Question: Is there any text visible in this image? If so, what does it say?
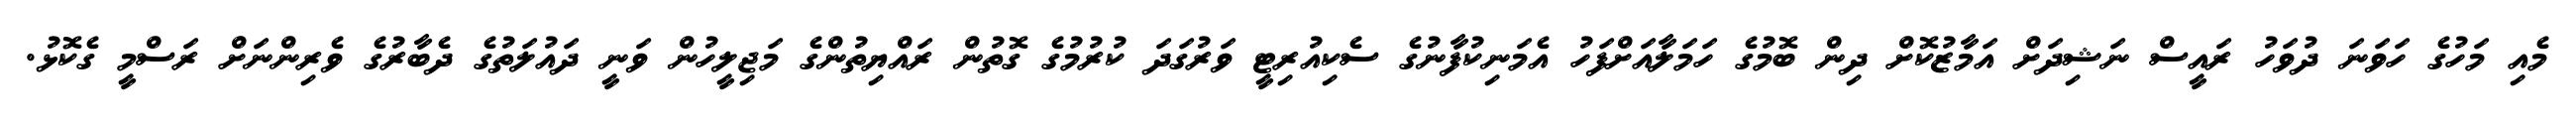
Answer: މެއި މަހުގެ ހަވަނަ ދުވަހު ރައީސް ނަޝިދަށް އަމާޒުކޮށް ދިން ބޮމުގެ ހަމަލާއަށްފަހު އެމަނިކުފާނުގެ ސެކިއުރިޓީ ވަރުގަދަ ކުރުމުގެ ގޮތުން ރައްޔިތުންގެ މަޖިލީހުން ވަނީ ދައުލަތުގެ ދެބާރުގެ ވެރިންނަށް ރަސްމީ ގެކޮޅު.